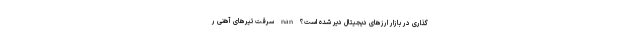
گذاری در بازار ارزهای دیجیتال دیر شده است؟ nan سرقت تیرهای آهنی ر